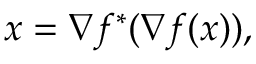
x = \nabla f ^ { * } ( \nabla f ( x ) ) ,